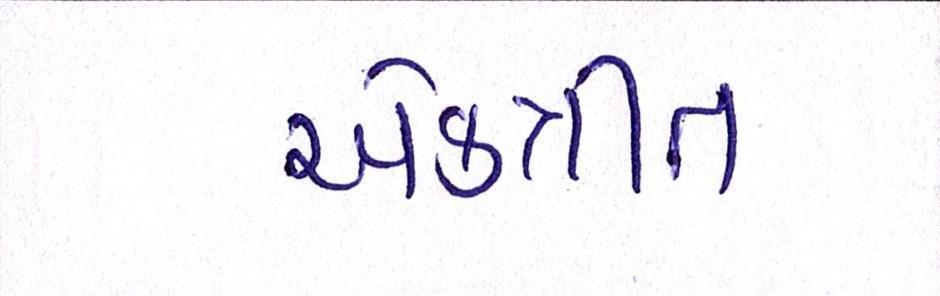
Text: એકત્રીત